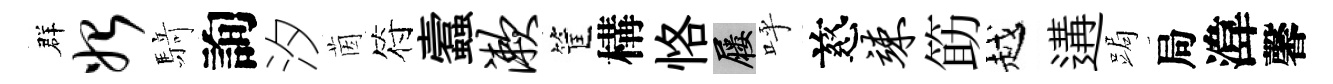
群始𮪍詢汐茵符蠧漱筐構恪屨呼慈竦筯越遘跼局湋馨